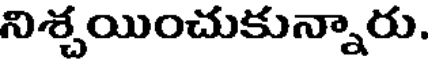
నిశ్చయించుకున్నారు.